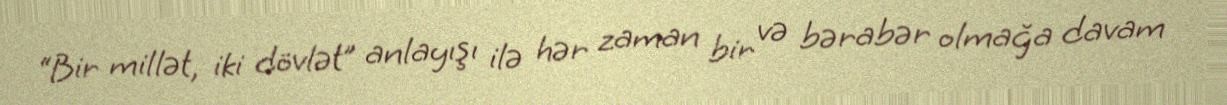
“Bir millət, iki dövlət” anlayışı ilə hər zaman bir və bərabər olmağa davam